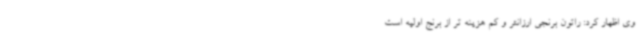
وی اظهار کرد: راتون برنجی ارزانتر و کم هزینه تر از برنج اولیه است